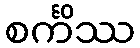
စင်္ကိဿ